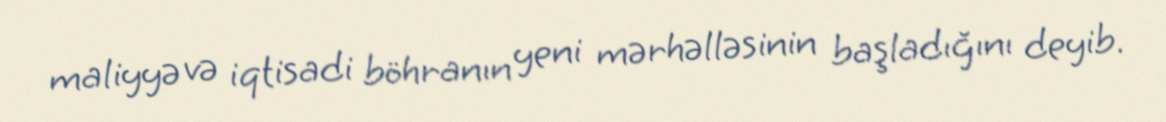
maliyyə və iqtisadi böhranın yeni mərhəlləsinin başladığını deyib.